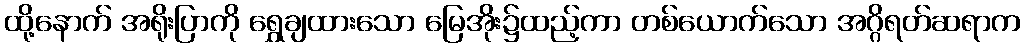
ထို့နောက် အရိုးပြာကို ရွှေချထားသော မြေအိုး၌ထည့်ကာ တစ်ယောက်သော အဂ္ဂိရတ်ဆရာက